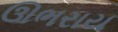
ઊભરાય